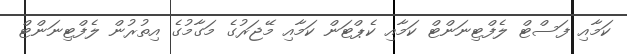
ކަމާއި ފަސްޓް ލެފްޓިނަންޓް ކަމާއި ކެޕްޓަން ކަމާއި މޭޖަރުގެ މަގާމުގެ އިތުރުން ލެފްޓިނަންޓް